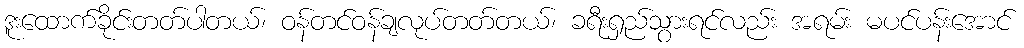
ဒူးထောက်ခိုင်းတတ်ပါတယ်၊ ဝန်တင်ဝန်ချလုပ်တတ်တယ်၊ ခရီးရှည်သွားရင်လည်း အရမ်း မပင်ပန်းအောင်